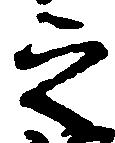
之